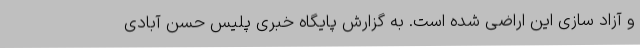
و آزاد سازی این اراضی شده است. به گزارش پایگاه خبری پلیس حسن آبادی